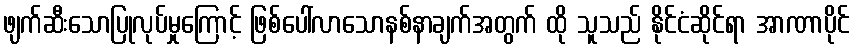
ဖျက်ဆီးသောပြုလုပ်မှုကြောင့် ဖြစ်ပေါ်လာသောနစ်နာချက်အတွက် ထို သူသည် နိုင်ငံဆိုင်ရာ အာဏာပိုင်